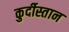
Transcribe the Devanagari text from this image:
कुर्दीस्तान